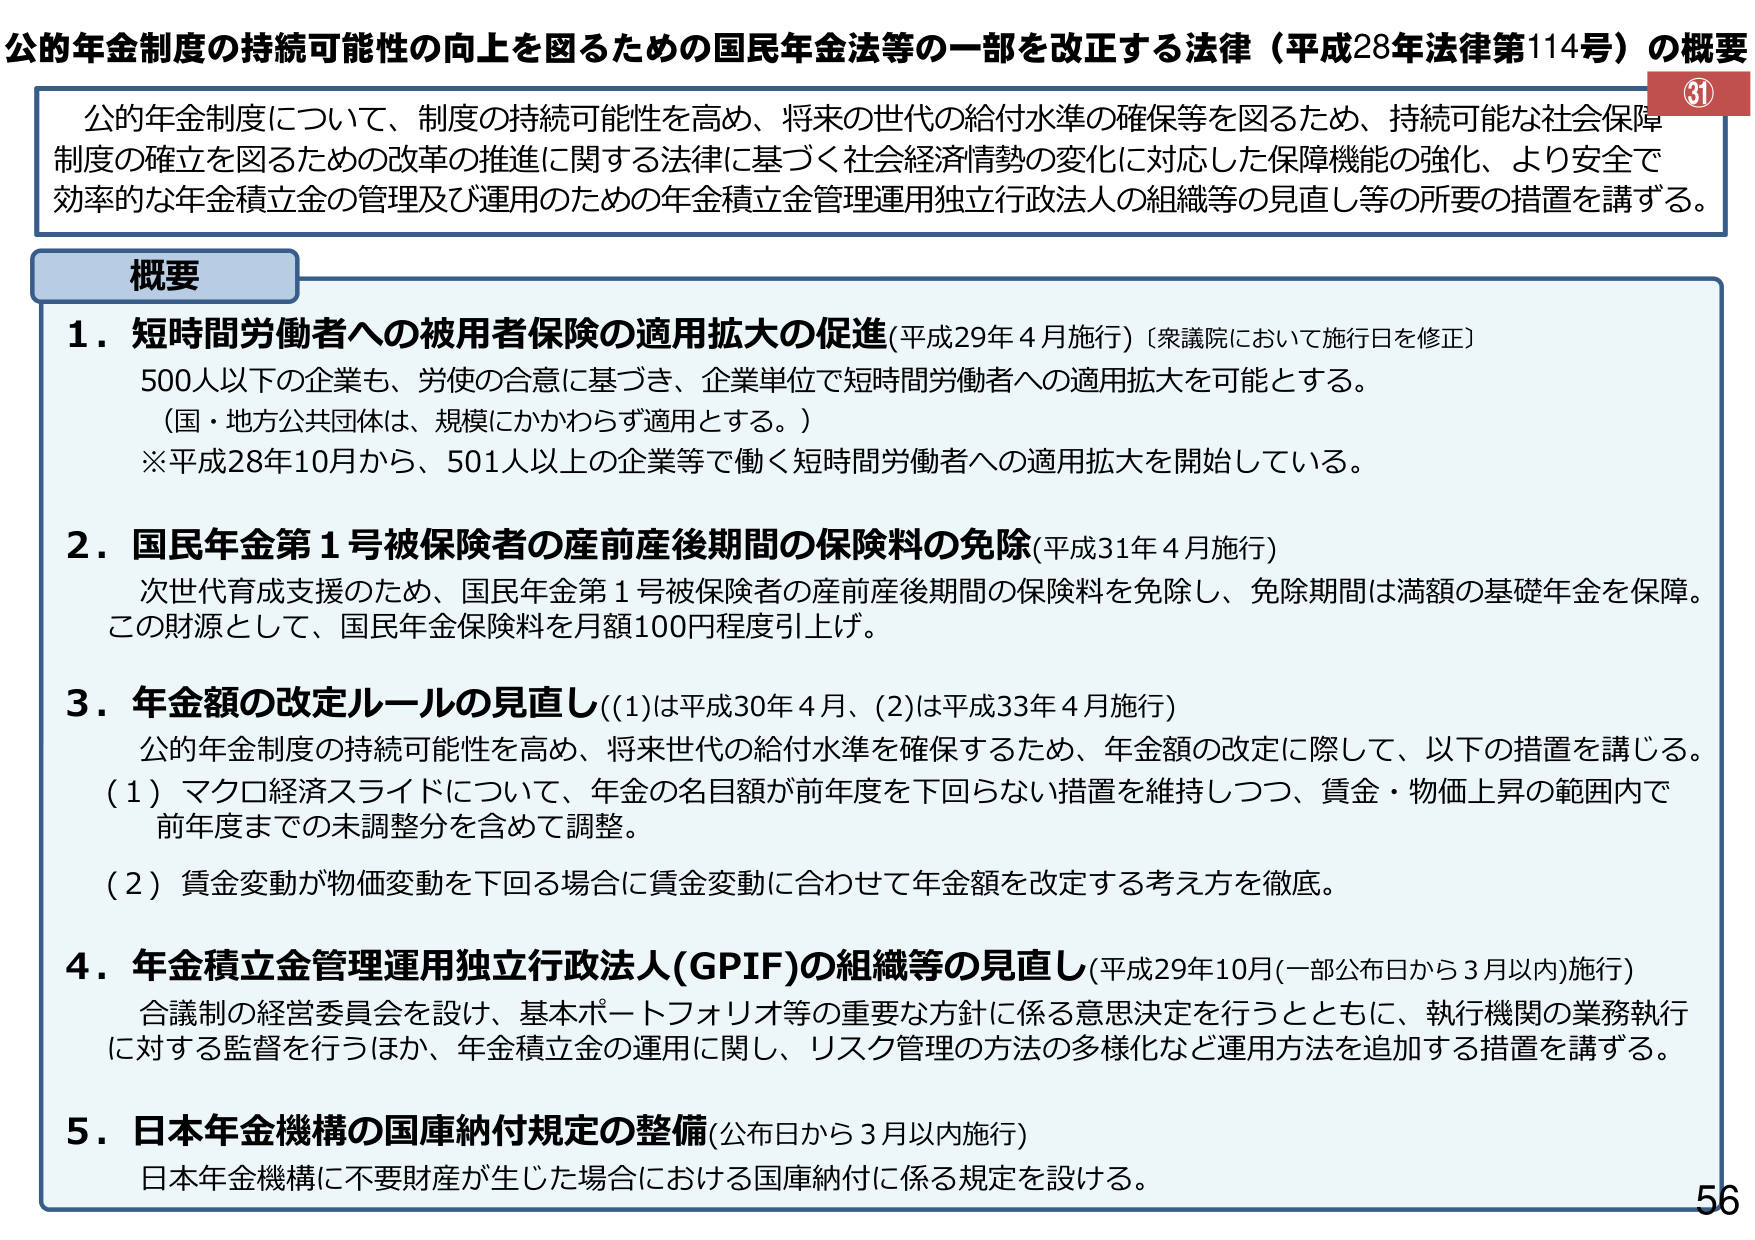
公的年金制度の持続可能性の向上を図るための国民年金法等の一部を改正する法律（平成28年法律第114号）の概要

公的年金制度について、制度の持続可能性を高め、将来の世代の給付水準の確保等を図るため、持続可能な社会保障制度の確立を図るための改革の推進に関する法律に基づく社会経済情勢の変化に対応した保障機能の強化、より安全で効率的な年金積立金の管理及び運用のための年金積立金管理運用独立行政法人の組織等の見直し等の所要の措置を講ずる。

概要

1．短時間労働者への被用者保険の適用拡大の促進（平成29年4月施行）〔衆議院において施行日を修正〕
500人以下の企業も、労使の合意に基づき、企業単位で短時間労働者への適用拡大を可能とする。
（国・地方公共団体は、規模にかかわらず適用とする。）
※平成28年10月から、501人以上の企業等で働く短時間労働者への適用拡大を開始している。

2．国民年金第1号被保険者の産前産後期間の保険料の免除（平成31年4月施行）
次世代育成支援のため、国民年金第1号被保険者の産前産後期間の保険料を免除し、免除期間は満額の基礎年金を保障。この財源として、国民年金保険料を月額100円程度引上げ。

3．年金額の改定ルールの見直し（（1）は平成30年4月、（2）は平成33年4月施行）
公的年金制度の持続可能性を高め、将来世代の給付水準を確保するため、年金額の改定に際して、以下の措置を講じる。
（1）マクロ経済スライドについて、年金の名目額が前年度を下回らない措置を維持しつつ、賃金・物価上昇の範囲内で前年度までの未調整分を含めて調整。
（2）賃金変動が物価変動を下回る場合に賃金変動に合わせて年金額を改定する考え方を徹底。

4．年金積立金管理運用独立行政法人（GPIF）の組織等の見直し（平成29年10月（一部公布日から3月以内）施行）
合議制の経営委員会を設け、基本ポートフォリオ等の重要な方針に係る意思決定を行うとともに、執行機関の業務執行に対する監督を行うほか、年金積立金の運用に関し、リスク管理の方法の多様化など運用方法を追加する措置を講ずる。

5．日本年金機構の国庫納付規定の整備（公布日から3月以内施行）
日本年金機構に不要財産が生じた場合における国庫納付に係る規定を設ける。

56